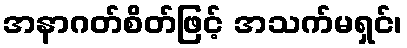
အနာဂတ်စိတ်ဖြင့် အသက်မရှင်၊